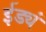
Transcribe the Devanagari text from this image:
ईड्यं